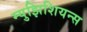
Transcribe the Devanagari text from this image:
म्युझिशियन्स